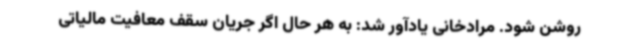
روشن شود. مرادخانی یادآور شد: به هر حال اگر جریان سقف معافیت مالیاتی